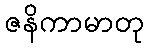
ဇနိကာမာတု